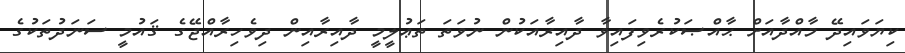
ކިޔަވައިދޭ މާއްދާއަށް ޙާއްޞަކުރެވިފައިވާ ދާއިރާއަކުން ނުވަތަ ތަޢުލީމީ ދާއިރާއިން ދިވެހިރާއްޖޭގެ ޤައުމީ ސަނަދުތަކުގެ